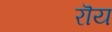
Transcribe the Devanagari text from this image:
रॊय